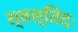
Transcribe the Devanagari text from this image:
स्वस्तिदः